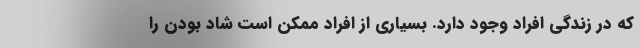
که در زندگی افراد وجود دارد. بسیاری از افراد ممکن است شاد بودن را